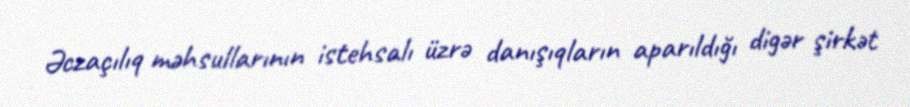
Əczaçılıq məhsullarının istehsalı üzrə danışıqların aparıldığı digər şirkət